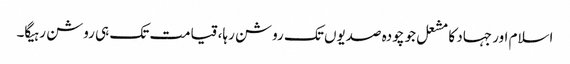
اسلام اور جہاد کا مشعل جو چودہ صدیوں تک روشن رہا، قیامت تک ہی روشن رہیگا۔